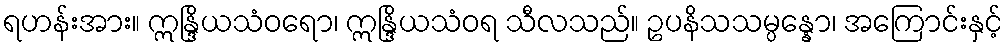
ရဟန်းအား။ ဣန္ဒြိယသံဝရော၊ ဣန္ဒြိယသံဝရ သီလသည်။ ဥပနိသသမ္ပန္နော၊ အကြောင်းနှင့်